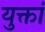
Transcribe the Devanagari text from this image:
युक्तां